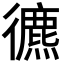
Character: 𢖐